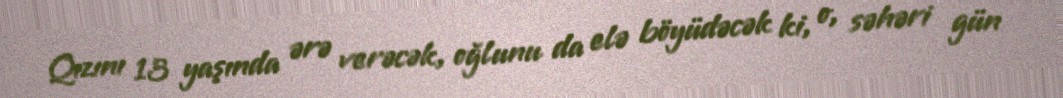
Qızını 13 yaşında ərə verəcək, oğlunu da elə böyüdəcək ki, o, səhəri gün